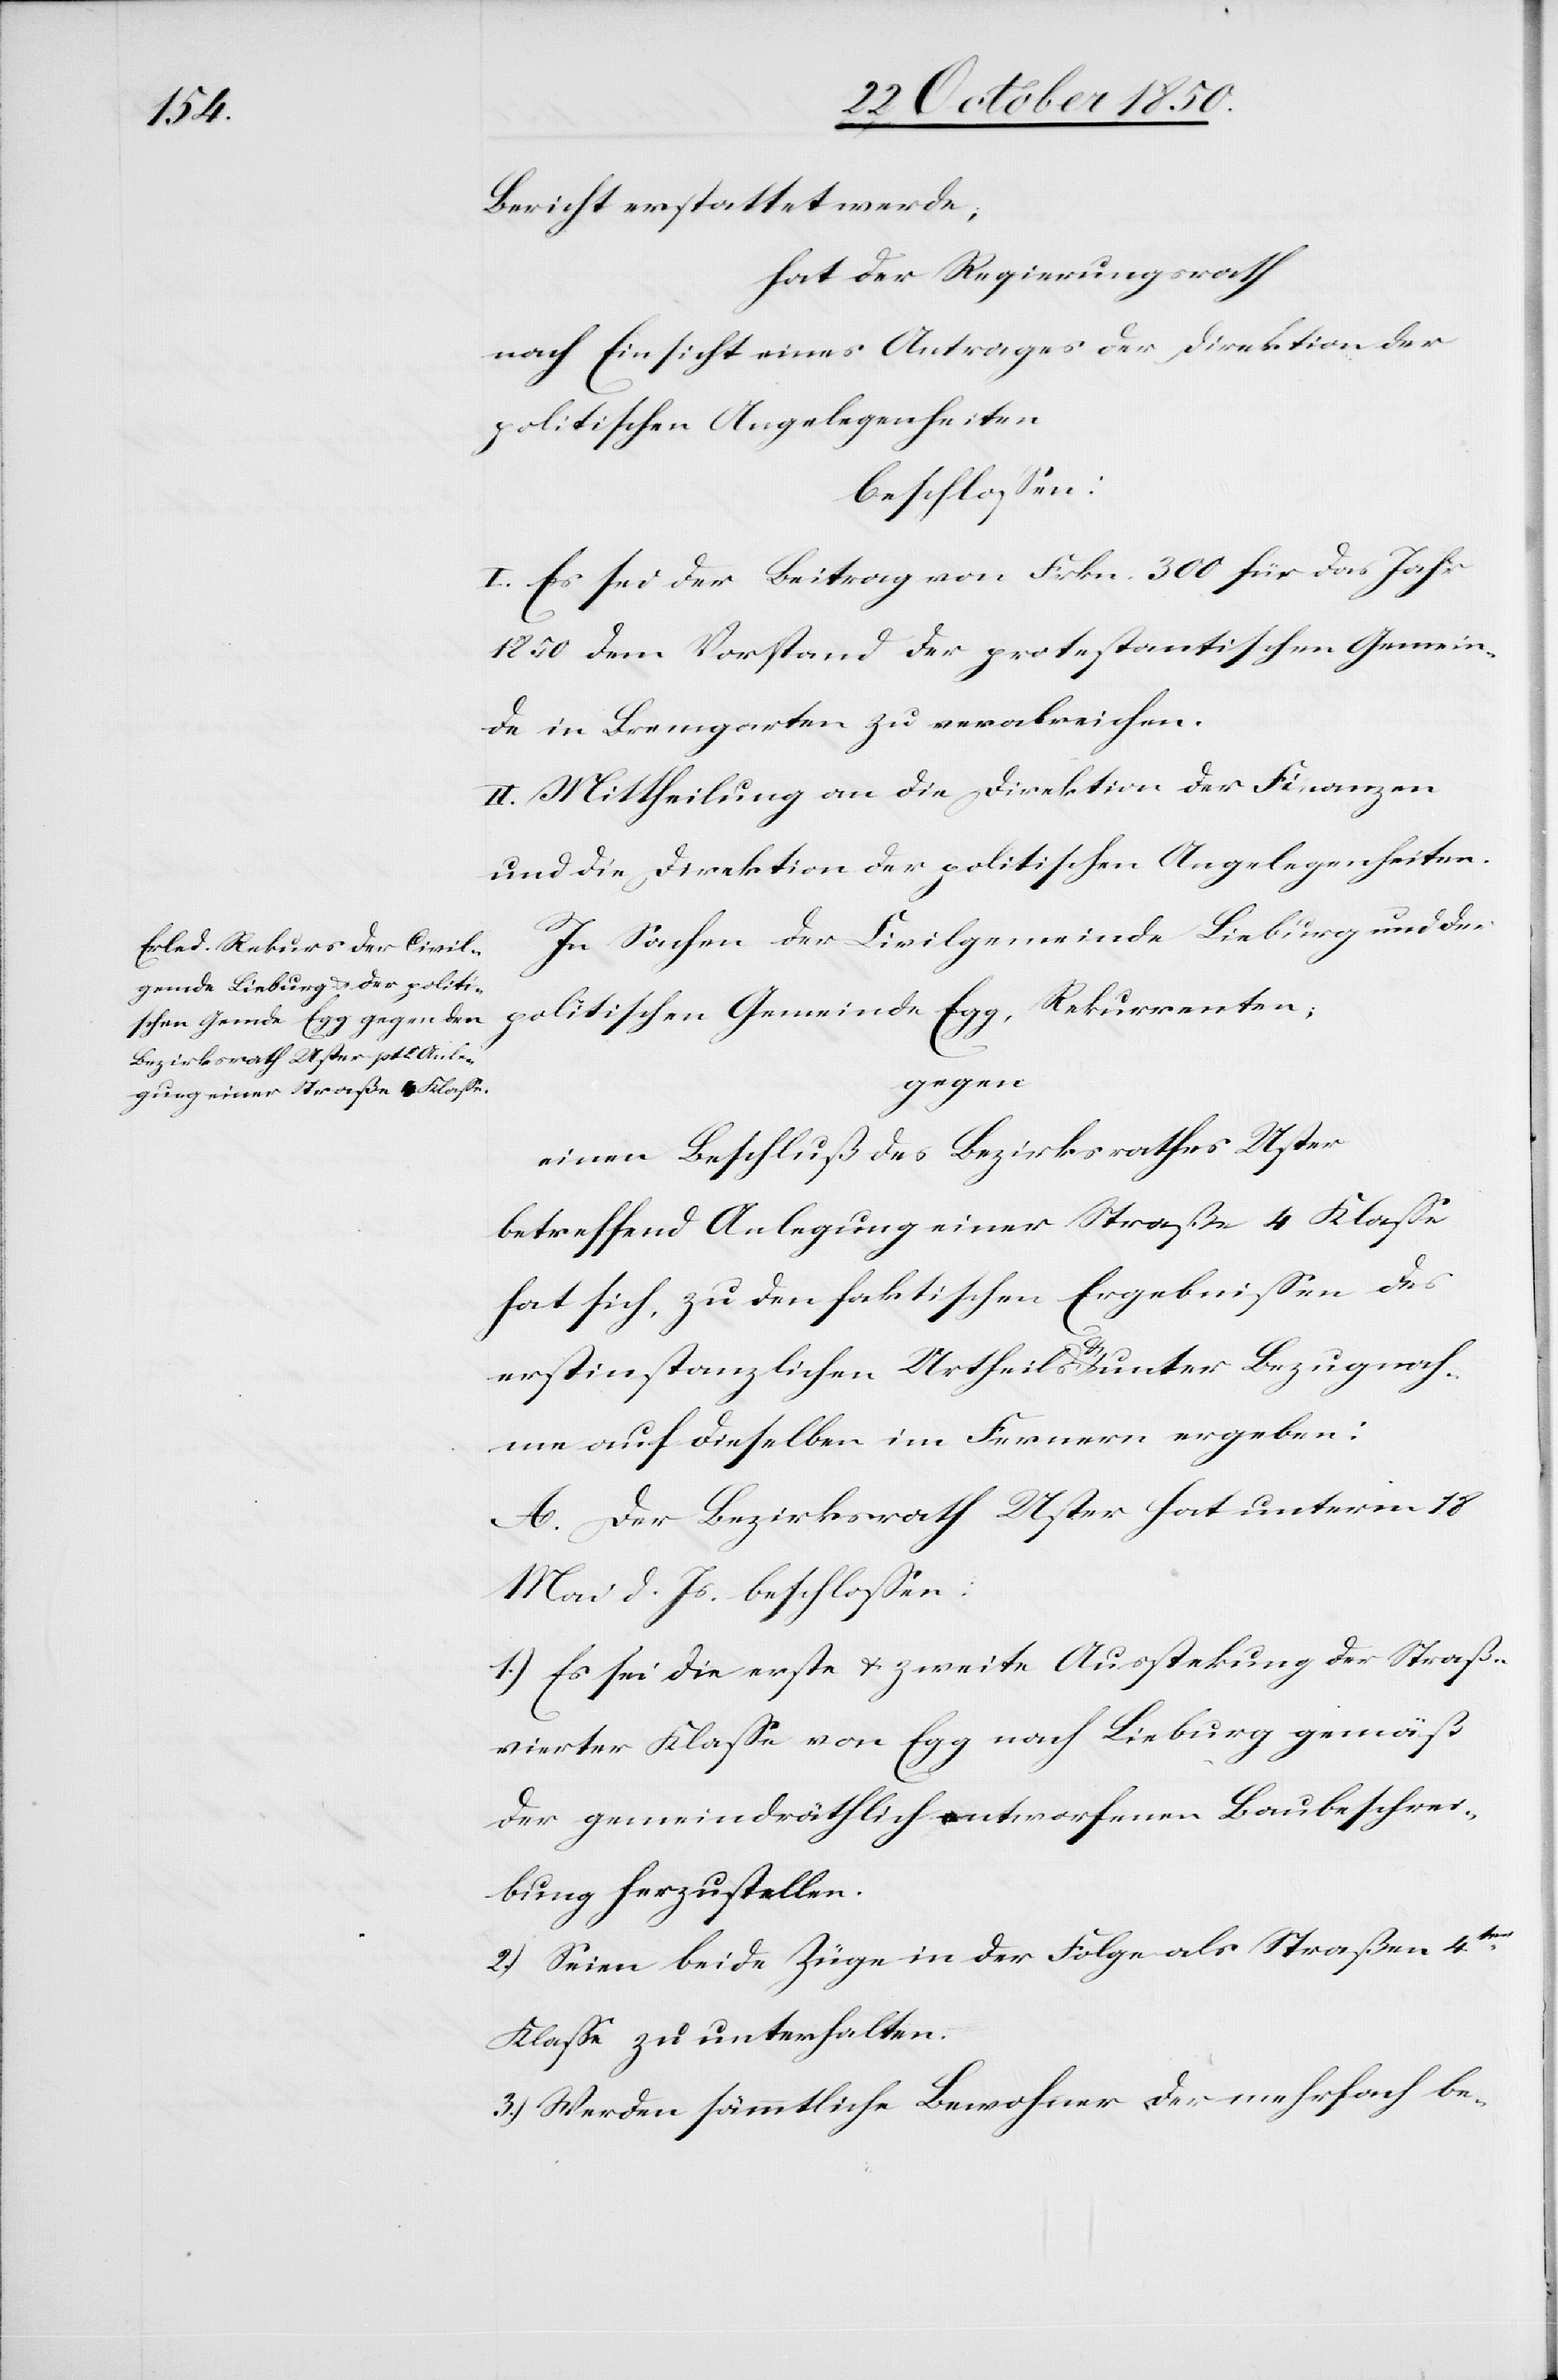
Bericht erstattet werde;
hat der Regierungsrath
nach Einsicht eines Antrages der Direktion der
politischen Angelegenheiten
beschlossen:
I. Es sei der Beitrag von Frkn. 300 für das Jahr
1850 dem Vorstand der protestantischen Gemein¬
de in Bremgarten zu verabreichen.
II. Mittheilung an die Direktion der Finanzen
und die Direktion der politischen Angelegenheiten.
In Sachen der Civilgemeinde Lieburg und der
politischen Gemeinde Egg, Rekurrenten;
gegen
einen Beschluß des Bezirksrathes Uster
betreffend Anlegung einer Straße 4 Klasse
hat sich, zu den faktischen Ergebnissen des
erstinstanzlichen Urtheils & unter Bezugnah¬
me auf dieselben im Fernern ergeben:
A. Der Bezirksrath Uster hat unterm 18
Mai d. Js. beschlossen:
1.) Es sei die erste u. zweite Ausstekung [sic!] der Straße
vierter Klasse von Egg nach Lieburg gemäß
der gemeindräthlich entworfenen Baubeschrei¬
bung herzustellen.
2.) Seien beide Züge in der Folge als Straßen 4ter
Klasse zu unterhalten.
3.) Werden sämmtliche Bewohner der mehrfach be-